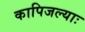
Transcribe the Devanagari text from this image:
कापिजल्याः